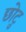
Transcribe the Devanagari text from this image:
छोटु